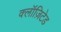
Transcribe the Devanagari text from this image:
क्लॉज़िटेड